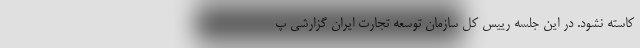
کاسته نشود. در این جلسه رییس کل سازمان توسعه تجارت ایران گزارشی پ